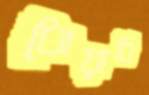
ধোয়াবি